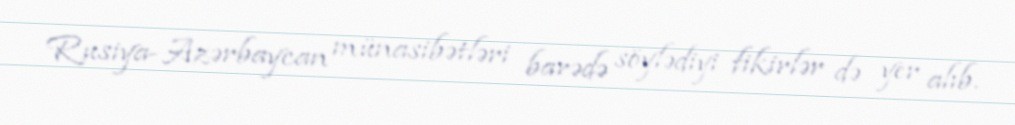
Rusiya-Azərbaycan münasibətləri barədə söylədiyi fikirlər də yer alıb.